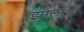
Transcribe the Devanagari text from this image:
झाला।।